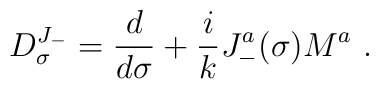
D^{J_-}_{\sigma} =  \frac{d}{d \sigma} + \frac{i}{k} J^a _- (\sigma) M^a ~.